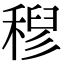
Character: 𮃗